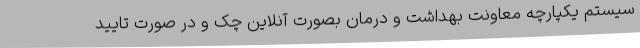
سیستم یکپارچه معاونت بهداشت و درمان بصورت آنلاین چک و در صورت تایید